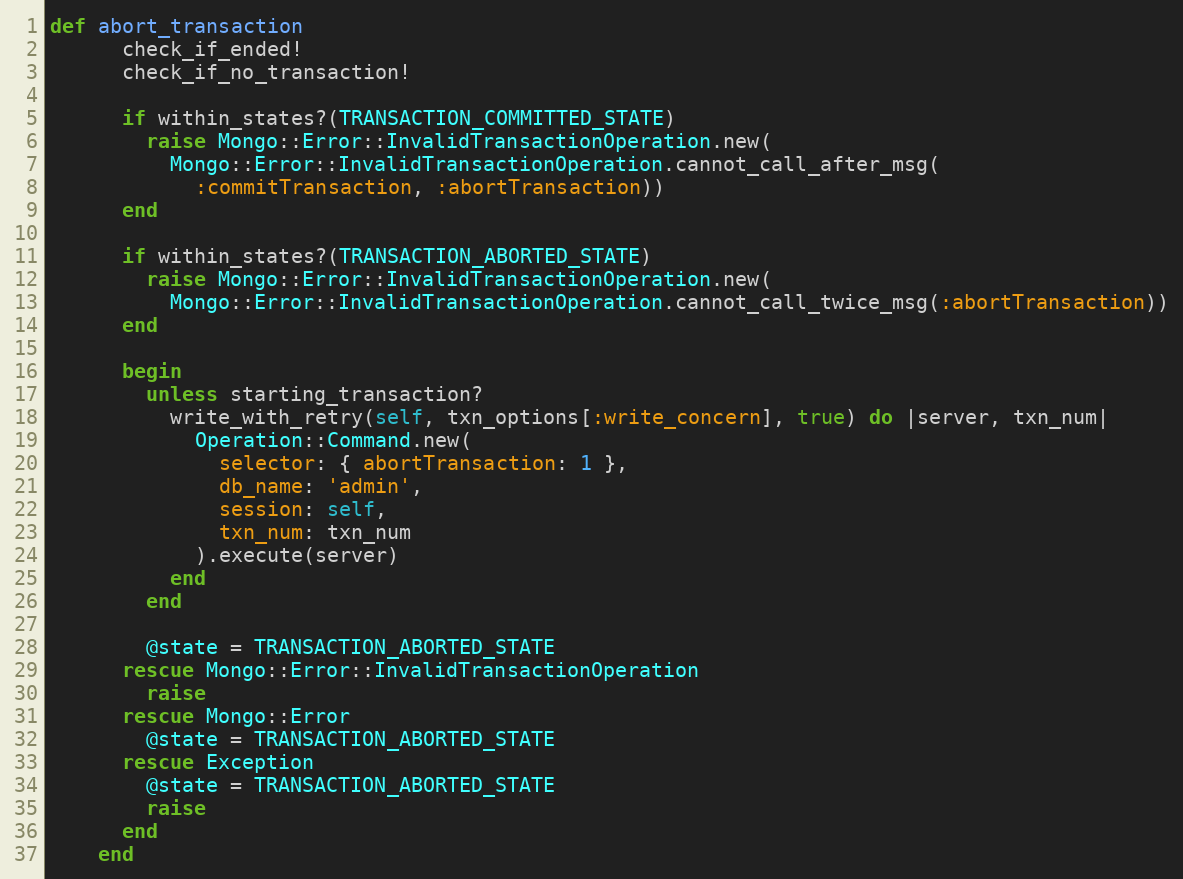
Language: Ruby
def abort_transaction
      check_if_ended!
      check_if_no_transaction!

      if within_states?(TRANSACTION_COMMITTED_STATE)
        raise Mongo::Error::InvalidTransactionOperation.new(
          Mongo::Error::InvalidTransactionOperation.cannot_call_after_msg(
            :commitTransaction, :abortTransaction))
      end

      if within_states?(TRANSACTION_ABORTED_STATE)
        raise Mongo::Error::InvalidTransactionOperation.new(
          Mongo::Error::InvalidTransactionOperation.cannot_call_twice_msg(:abortTransaction))
      end

      begin
        unless starting_transaction?
          write_with_retry(self, txn_options[:write_concern], true) do |server, txn_num|
            Operation::Command.new(
              selector: { abortTransaction: 1 },
              db_name: 'admin',
              session: self,
              txn_num: txn_num
            ).execute(server)
          end
        end

        @state = TRANSACTION_ABORTED_STATE
      rescue Mongo::Error::InvalidTransactionOperation
        raise
      rescue Mongo::Error
        @state = TRANSACTION_ABORTED_STATE
      rescue Exception
        @state = TRANSACTION_ABORTED_STATE
        raise
      end
    end